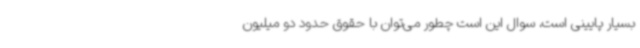
بسیار پایینی است، سوال این است چطور می‌توان با حقوق حدود دو میلیون